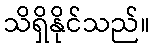
သိရှိနိုင်သည်။